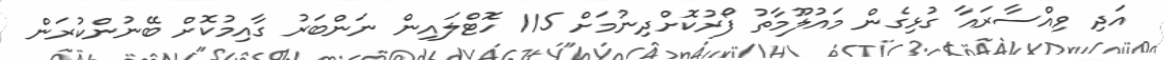
އަދި ވިއްސާރައާ ގުޅިގެން މައުލޫމާތު ފޯރުކޮށްދިނުމަށް 115 ހޮޓްލައިން ނަންބަރު ގާއިމުކޮށް ބޭނުންކުރަން